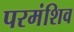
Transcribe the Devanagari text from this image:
परमंशिव